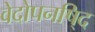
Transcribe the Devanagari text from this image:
वेदोपनषि्द